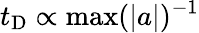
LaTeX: t_{\mathrm{D}}\propto\operatorname*{max}(\lvert a\rvert)^{-1}